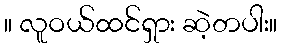
။ လူဝယ်ထင်ရှား ဆဲ့တပါး။